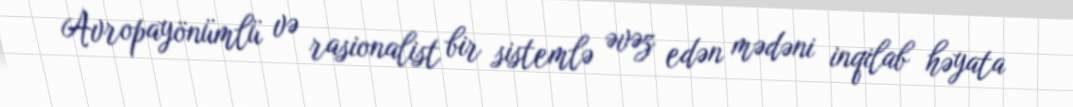
Avropayönümlü və rasionalist bir sistemlə əvəz edən mədəni inqilab həyata